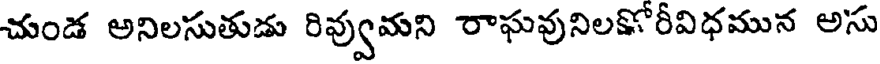
చుండ అనిలసుతుడు రివ్వుమని రాఘవునిలకోరీవిధమున అసు